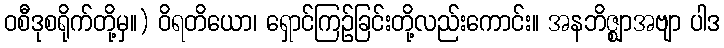
ဝစီဒုစရိုက်တို့မှ။) ဝိရတိယော၊ ရှောင်ကြဉ်ခြင်းတို့လည်းကောင်း။ အနဘိဇ္ဈာအဗျာ ပါဒ